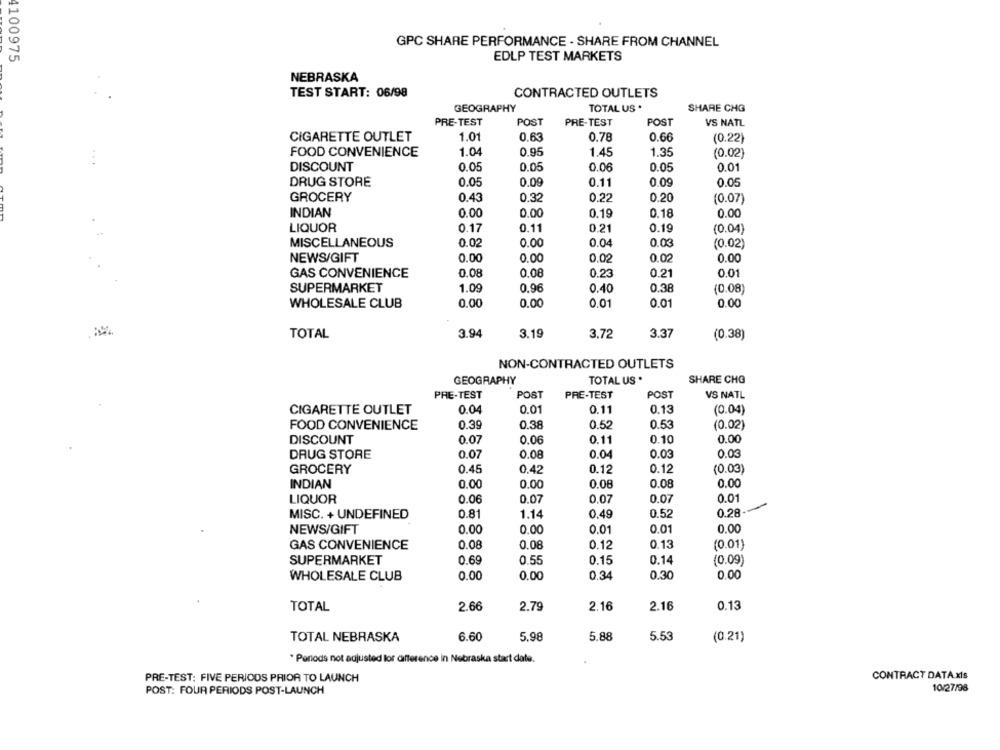
GPC SHARE PERFORMANCE - SHARE FROM CHANNEL
4100975
EDLP TEST MARKETS
NEBRASKA
TEST START: 06/98
CONTRACTED OUTLETS
GEOGRAPHY
TOTAL US .
SHARE CHG
PRE-TEST
POST
PRE-TEST
POST
VS NATL
CIGARETTE OUTLET
1.01
0.63
0.78
0.66
(0.22)
FOOD CONVENIENCE
1.04
0.95
1.45
1.35
(0.02)
DISCOUNT
0.05
0.05
0.06
0.05
0.01
DRUG STORE
0.05
0.09
0.11
0.09
0.05
GROCERY
0.43
0.32
0.22
0.20
(0.07)
INDIAN
0.00
0.00
0.19
0.18
0.00
LIQUOR
0.17
0.11
0.21
0.19
(0.04)
MISCELLANEOUS
0.02
0.00
0.04
0.03
(0.02)
NEWS/GIFT
0.00
0.00
0.02
0.02
0.00
GAS CONVENIENCE
0.08
0.08
0.23
0.21
0.01
SUPERMARKET
1.09
0.96
0.40
0.38
(0.08
WHOLESALE CLUB
0.00
0.00
0.01
0.01
0.00
TOTAL
3.94
3.19
3.72
3.37
(0.38)
NON-CONTRACTED OUTLETS
GEOGRAPHY
TOTAL US *
SHARE CHO
PRE-TEST
POST
PRE-TEST
POST
VS NATL
CIGARETTE OUTLET
0.04
0.01
0.11
0.13
(0.04)
FOOD CONVENIENCE
0.39
0.38
0.52
0.53
(0.02)
DISCOUNT
0.07
0.06
0.11
0.10
0.00
DRUG STORE
0.07
0.08
0.04
0.03
0.03
GROCERY
0.45
0.42
0.12
0.12
(0.03)
INDIAN
0.00
0.00
0.08
0.08
0.00
LIQUOR
0.06
0.07
0.07
0.07
0.01
MISC. + UNDEFINED
0.81
1.14
0.49
0.52
0.28
NEWS/GIFT
0.00
0.00
0.01
0.01
0.00
GAS CONVENIENCE
0.08
0.08
0.12
0.13
(0.01)
SUPERMARKET
0.69
0.55
0.15
0.14
(0.09)
WHOLESALE CLUB
0.00
0.00
0.34
0.30
0.00
TOTAL
2.66
2.79
2.16
2.16
0.13
TOTAL NEBRASKA
6.60
5.98
5.88
5.53
(0.21)
* Periods not adjusted lor difference in Nebraska start date.
CONTRACT DATA xIs
PRE-TEST: FIVE PERIODS PRIOR TO LAUNCH
POST: FOUR PERIODS POST-LAUNCH
10/27/98